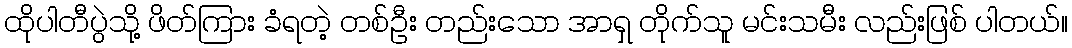
ထိုပါတီပွဲသို့ ဖိတ်ကြား ခံရတဲ့ တစ်ဦး တည်းသော အာရှ တိုက်သူ မင်းသမီး လည်းဖြစ် ပါတယ်။